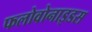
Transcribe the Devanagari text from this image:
फलोवोनाइडस